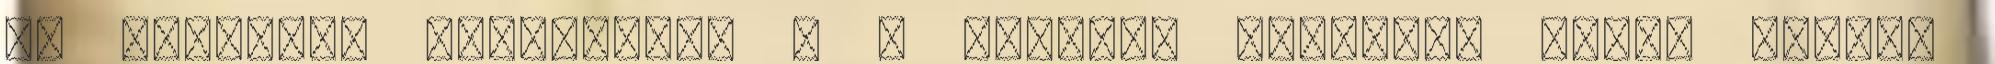
és Belényes szegélyezi - e városok többségi román nyelvű